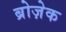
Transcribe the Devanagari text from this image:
ब्रोज़ेक